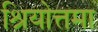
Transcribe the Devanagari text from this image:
श्रियोत्तमा